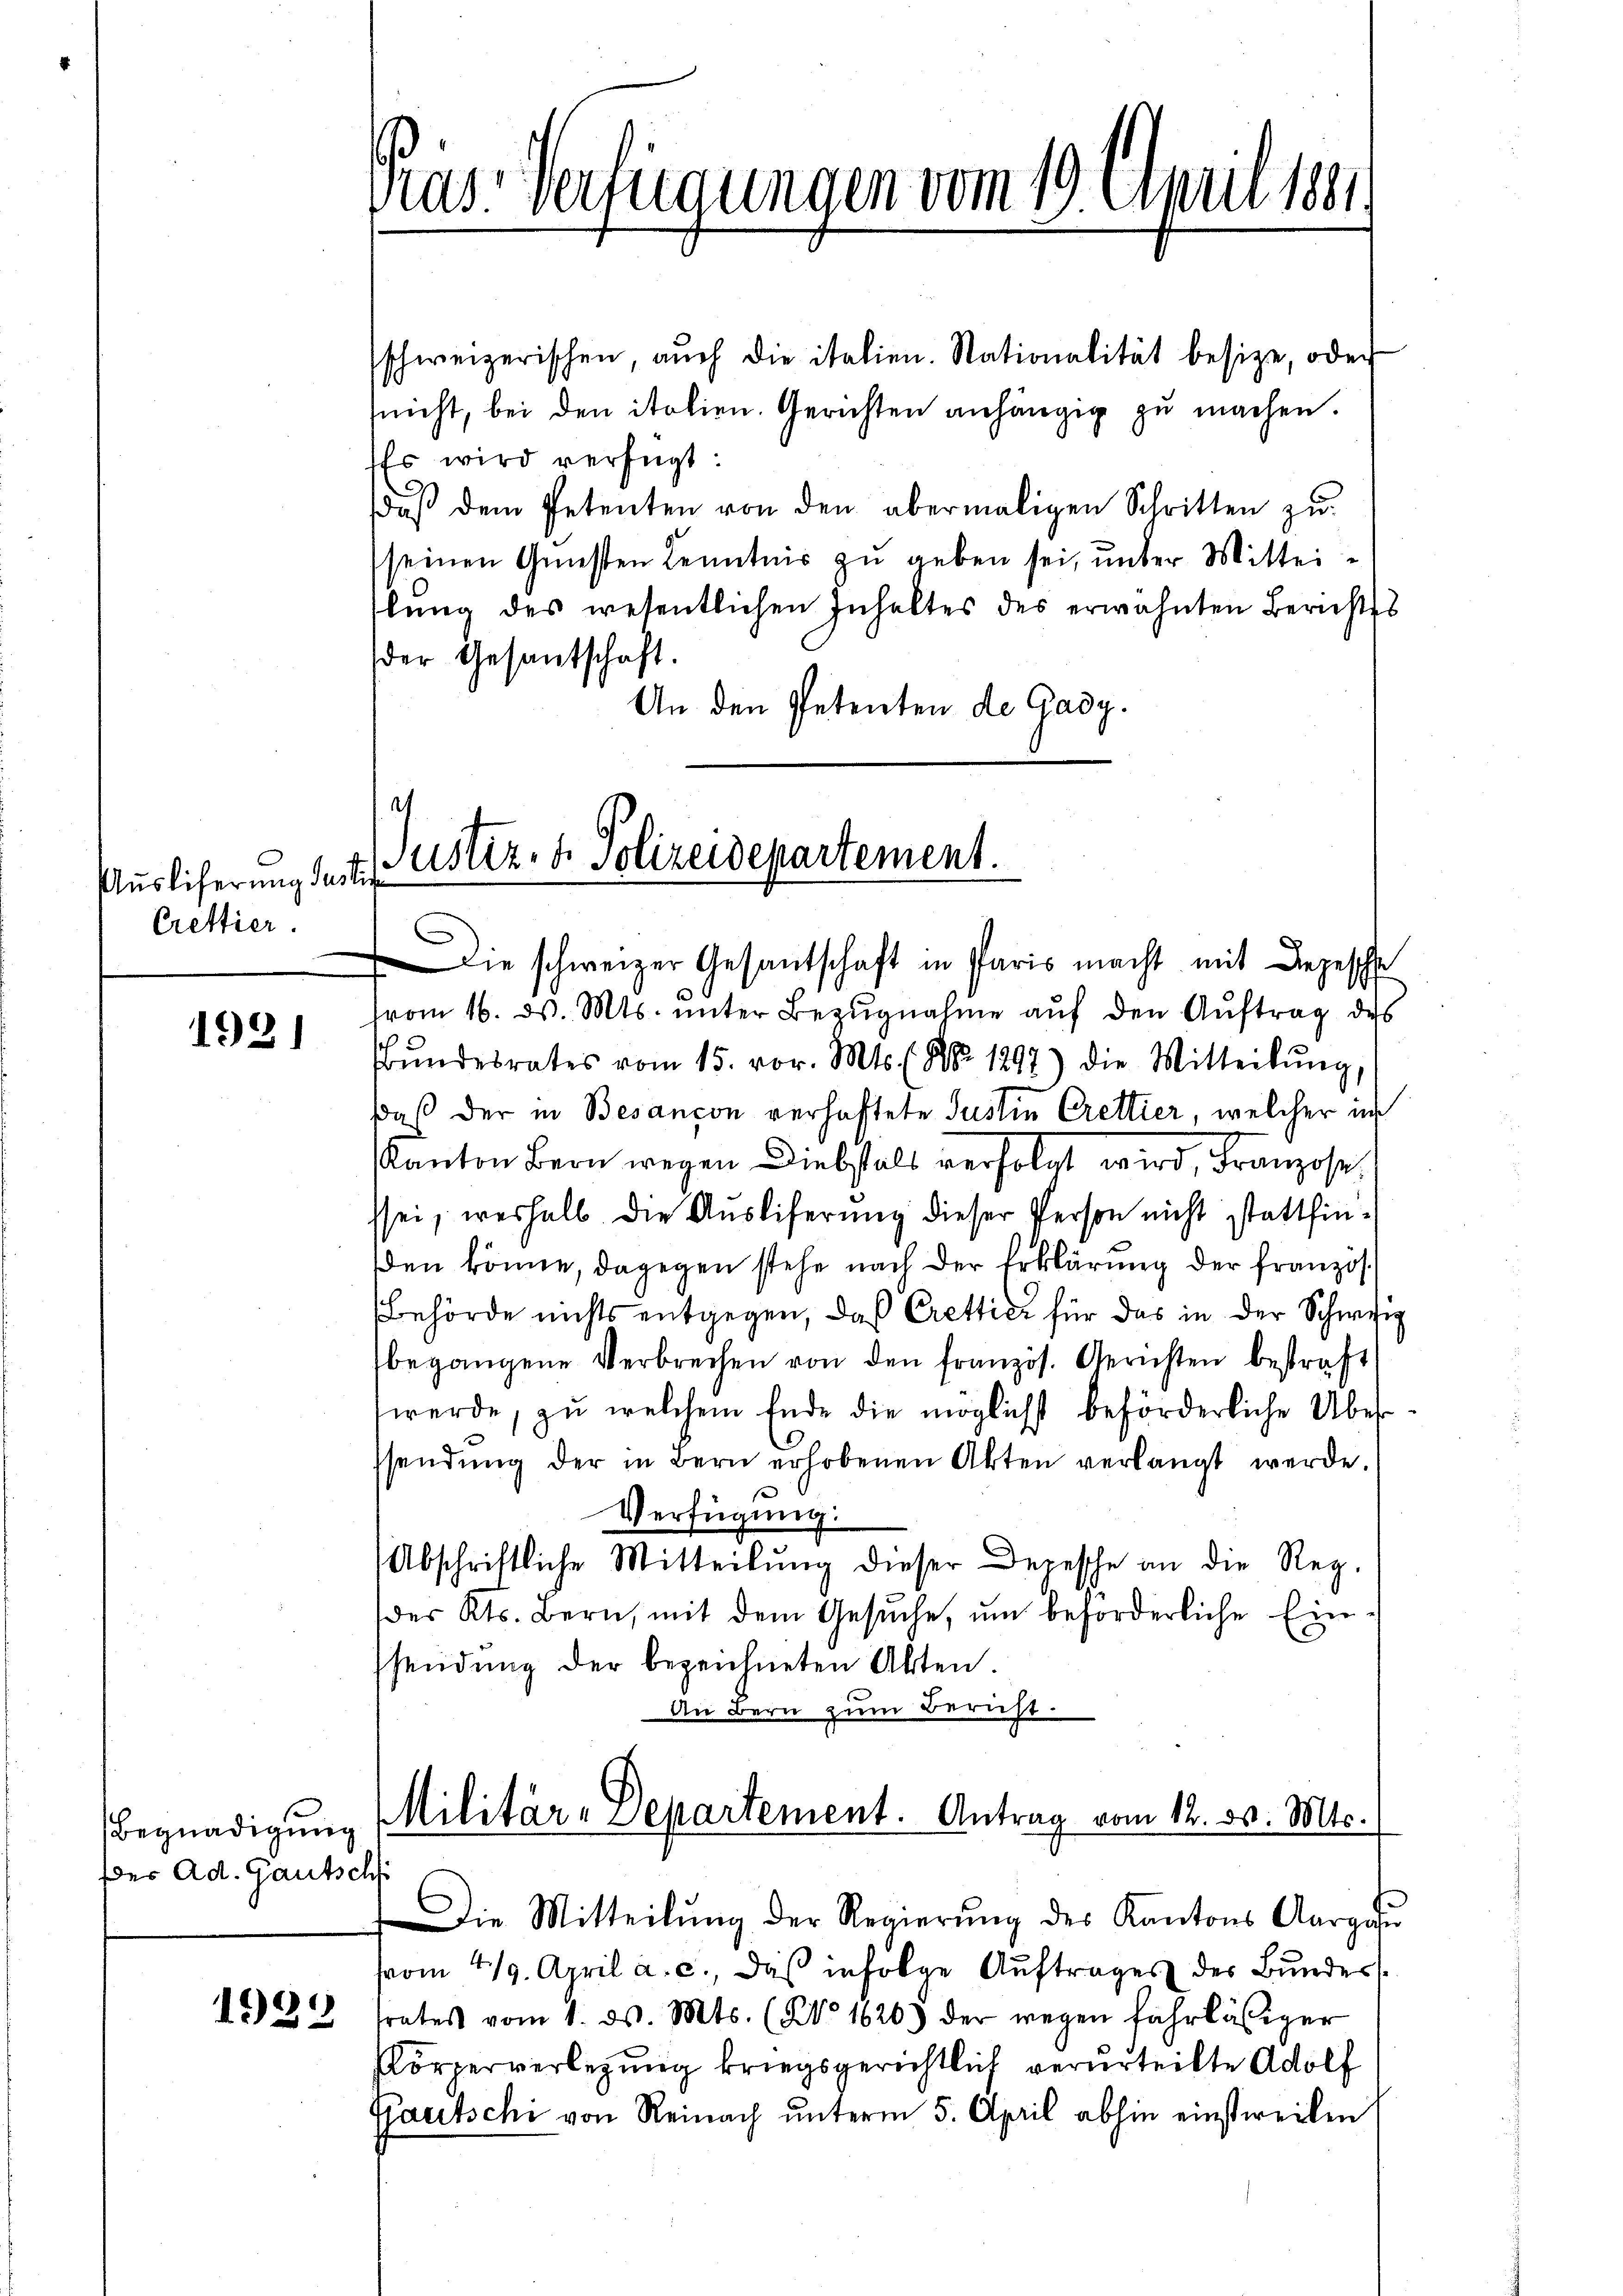
Auslieferung Justic
Crettier.

1921

Begnadigung
Der Ad. Gautsch

1939

Pras. Verfügungen vom 19. April 1891.

schweizerischen, aŭch die italien. Nationalität besize, oder
nicht, bei den italien. Gerichten anhängig zu machen.
Es wird verfügt:
daβ dem Petenten von den abermaligen Schritten zŭ
seinen Gunsten Kenntnis zu geben sei, unter Mittei-
flung des wesentlichen Inhaltes des erwähnten Berichtss
der Gesantschaft.
An den Petenten de Gady.

e
Justiz- & Polizeidepartement.

Die schweizer Gesantschaft in Paris macht mit Depesche
vom 16. d. Mts. unter Bezugnahme auf den Auftrag des
Bŭndesrates vom 15. vor. Mts. (Nr. 1297) die Mitteilŭng,
daß der in Besançon verhaftete Justin Crettier, welcher in
Kanton Bern wegen Diebstalt verfolgt wird, Franzose
ssei, weshalb die Ausliferung dieser Person nicht stattfinden könne, dagegen stehe nach der Erklärung der franzos
Behörde nichts entgegen, daß Crettich für das in der Schweig
begangene Verbrechen von den französ. Gerichten bestraft
werde, zu welchem Ende die möglicht beförderliche Überssendŭng der in Bern erhobenen Akten verlangt werde.
Verfügung:
Abschriftliche Mitteilŭng dieser Depesche an die Reg.
des Kts. Bern, mit dem Gesuche, um beförderliche Einsendŭng der bezeichneten Akten.
An Bern zum Bericht.

Militär-Departement. Antrag vom 12. ds. Mts.

Die Mitteilŭng der Regierŭng des Kantons Aargau
vom 4/19. April a. c., daß infolge Auftrages des Bundestrates vom 1. d. Mts. (No 1620) der wegen fahrlässiger
Körperverlegung kriegsgerichtlich verurteilte Adolf
Gautschi von Reinach unterm 5. April abhin einstweilen